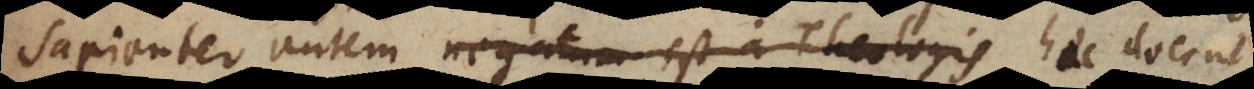
Sapienter autem negatum est a Theologis haec docent